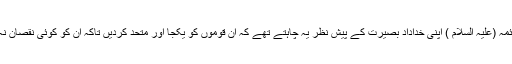
ہمارے ائمہ (علیہ السلام ) اپنی خداداد بصیرت کے پیش نظر یہ چاہتے تهے کہ ان قوموں کو یکجا اور متحد کردیں تاکہ ان کو کوئی نقصان نہ پہنچے۔